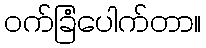
ဝက်ခြံပေါက်တာ။